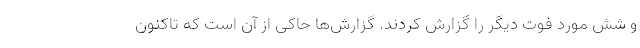
و شش مورد فوت دیگر را گزارش کردند. گزارش‌ها حاکی از آن است که تاکنون